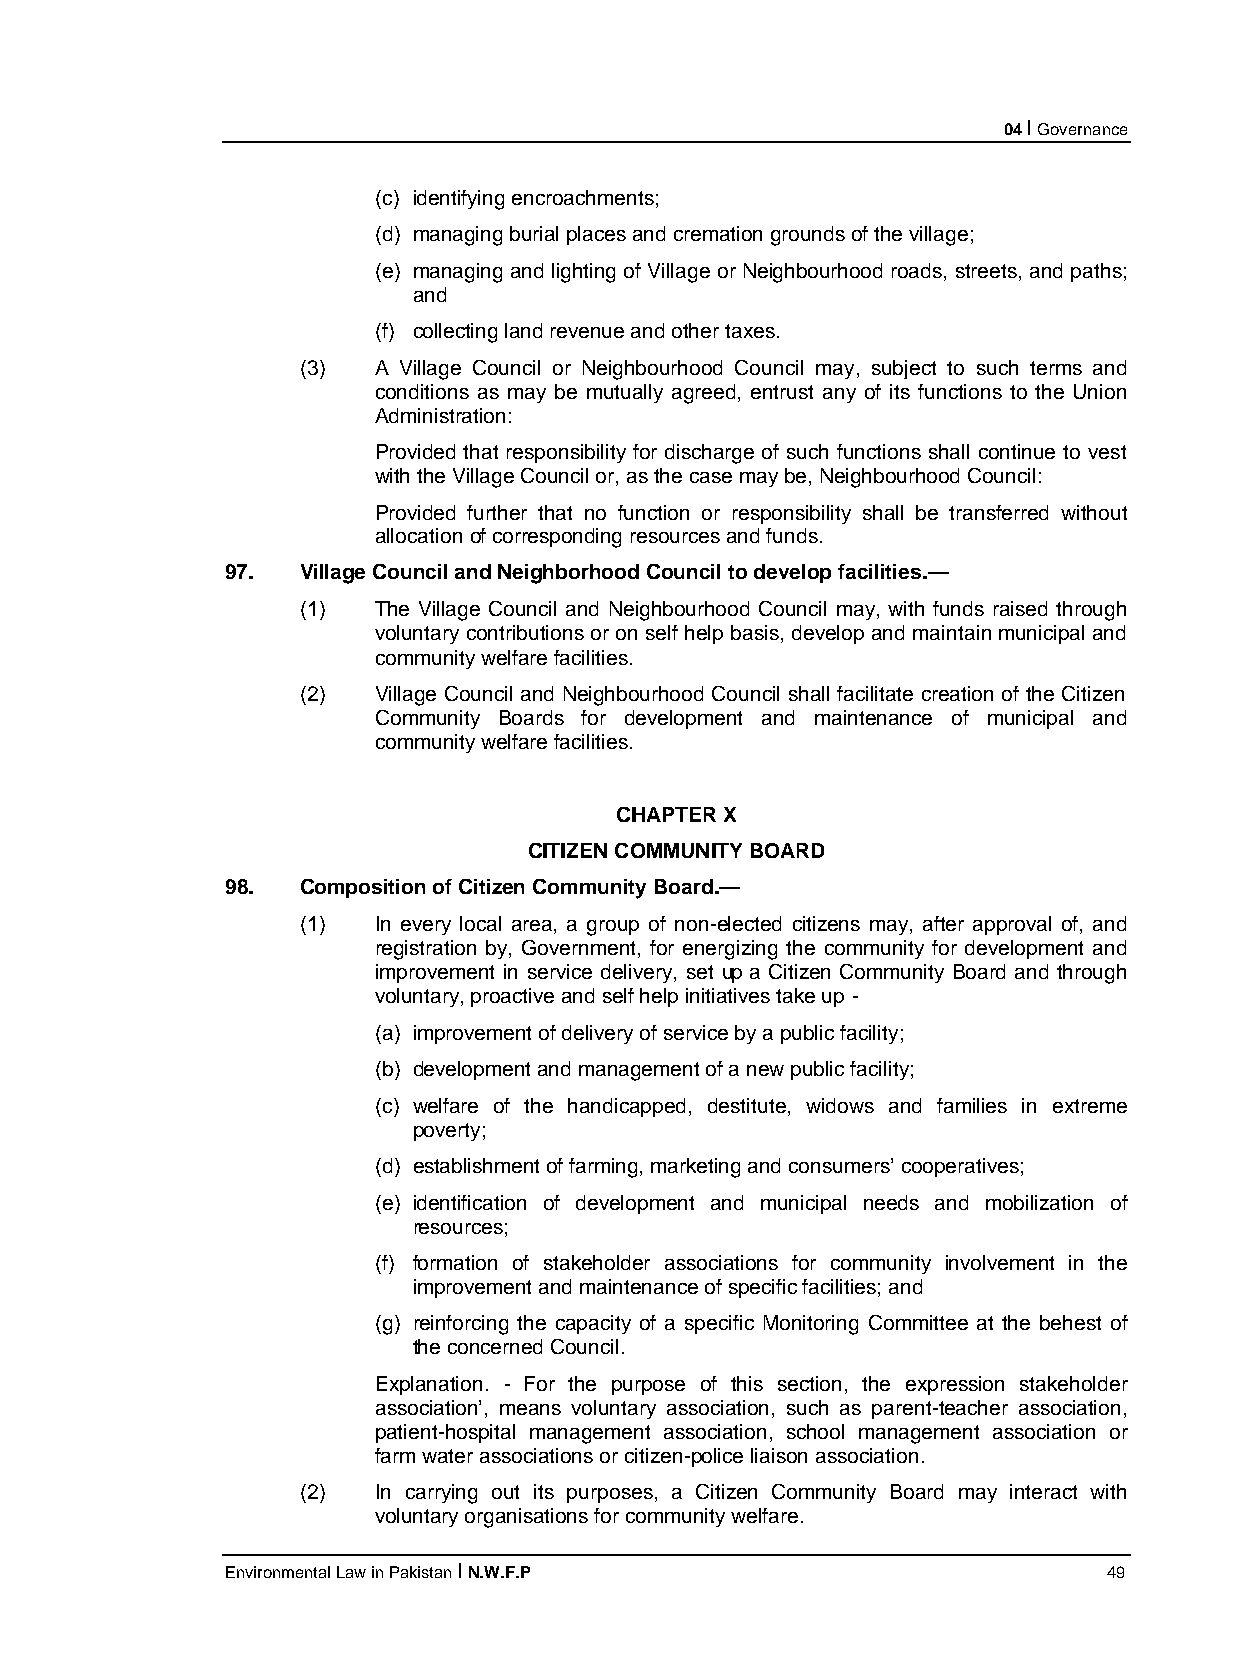
04 I Governance
 (c) identifying encroachments;
 (d) managing burial places and cremation grounds of the village;
 (e) managing and lighting of Village or Neighbourhood roads, streets, and paths;
 and
 (f) collecting land revenue and other taxes.
 (3)  A Village Council or Neighbourhood Council may, subject to such terms and
 conditions as may be mutually agreed, entrust any of its functions to the Union
 Administration:
 Provided that responsibility for discharge of such functions shall continue to vest
 with the Village Council or, as the case may be, Neighbourhood Council:
 Provided further that no function or responsibility shall be transferred without
 allocation of corresponding resources and funds.
 97.  Village Council and Neighborhood Council to develop facilities.—
 (1)  The Village Council and Neighbourhood Council may, with funds raised through
 voluntary contributions or on self help basis, develop and maintain municipal and
 community welfare facilities.
 (2)  Village Council and Neighbourhood Council shall facilitate creation of the Citizen
 Community Boards for development and maintenance of municipal and
 community welfare facilities.
 CHAPTER X
 CITIZEN COMMUNITY BOARD
 98.  Composition of Citizen Community Board.—
 (1)  In every local area, a group of non-elected citizens may, after approval of, and
 registration by, Government, for energizing the community for development and
 improvement in service delivery, set up a Citizen Community Board and through
 voluntary, proactive and self help initiatives take up -
 (a) improvement of delivery of service by a public facility;
 (b) development and management of a new public facility;
 (c) welfare of the handicapped, destitute, widows and families in extreme
 poverty;
 (d) establishment of farming, marketing and consumers’ cooperatives;
 (e) identification of development and municipal needs and mobilization of
 resources;
 (f) formation of stakeholder associations for community involvement in the
 improvement and maintenance of specific facilities; and
 (g) reinforcing the capacity of a specific Monitoring Committee at the behest of
 the concerned Council.
 Explanation. - For the purpose of this section, the expression stakeholder
 association’, means voluntary association, such as parent-teacher association,
 patient-hospital management association, school management association or
 farm water associations or citizen-police liaison association.
 (2)  In carrying out its purposes, a Citizen Community Board may interact with
 voluntary organisations for community welfare.
 Environmental Law in Pakistan I N.W.F.P                   49